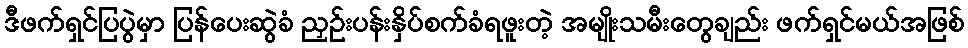
ဒီဖက်ရှင်ပြပွဲမှာ ပြန်ပေးဆွဲခံ ညှဉ်းပန်းနှိပ်စက်ခံရဖူးတဲ့ အမျိုးသမီးတွေချည်း ဖက်ရှင်မယ်အဖြစ်